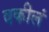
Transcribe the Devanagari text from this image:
वकीलं